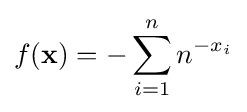
f(\mathbf {x} )=-\sum _{i=1}^{n}n^{-x_{i}}